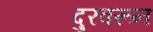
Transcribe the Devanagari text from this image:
दुरवरून